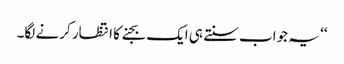
‘‘ یہ جواب سنتے ہی ایک بجنے کا انتظار کرنے لگا۔